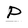
Character: P